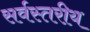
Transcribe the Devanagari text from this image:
सर्वस्तरीय